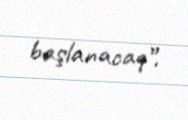
başlanacaq”.